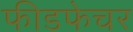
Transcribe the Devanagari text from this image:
फीडफेचर